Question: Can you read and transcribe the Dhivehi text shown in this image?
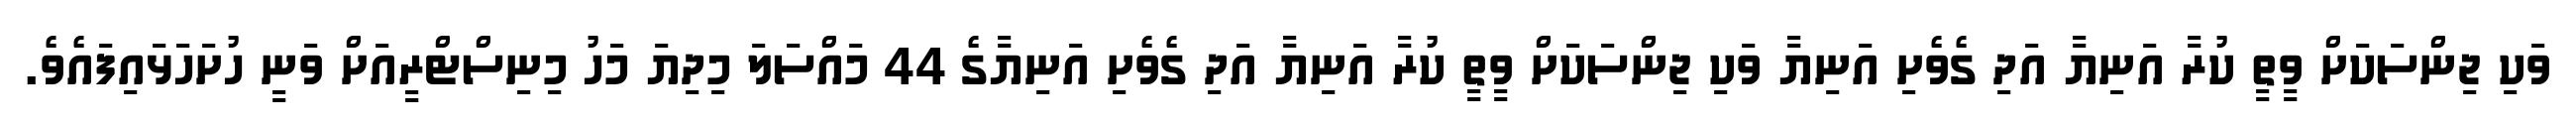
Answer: ވަކި ޖިންސަކަށް ވީތީ ކުރާ އަނިޔާ އަދި ގެވެށި އަނިޔާ ވަކި ޖިންސަކަށް ވީތީ ކުރާ އަނިޔާ އަދި ގެވެށި އަނިޔާގެ 44 މައްސަލަ މިދިޔަ މަހު މިނިސްޓްރީއަށް ވަނީ ހުށަހަޅައިފައެވެ.